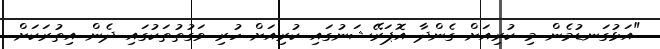
"އަޅުގަނޑުމެން މި ކުރިއަށް ގެންދާ އޮޕަރޭޝަނުގައި ކުރިއަށް ހުރި ވަގުތުތަކުގައި ދެން އިތުުރަކަށް